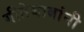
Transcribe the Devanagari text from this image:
गीतेबाबांनी